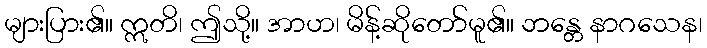
များပြား၏။ ဣတိ၊ ဤသို့။ အာဟ၊ မိန့်ဆိုတော်မူ၏။ ဘန္တေ နာဂသေန၊